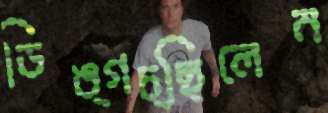
ডিঙ্গচ্ছিলেন